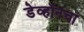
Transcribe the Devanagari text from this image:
डेव्हॉनचा